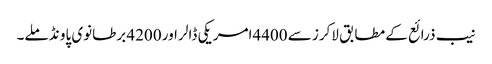
نیب ذرائع کے مطابق لاکرز سے 4400امریکی ڈالر اور 4200 برطانوی پاو نڈ ملے۔